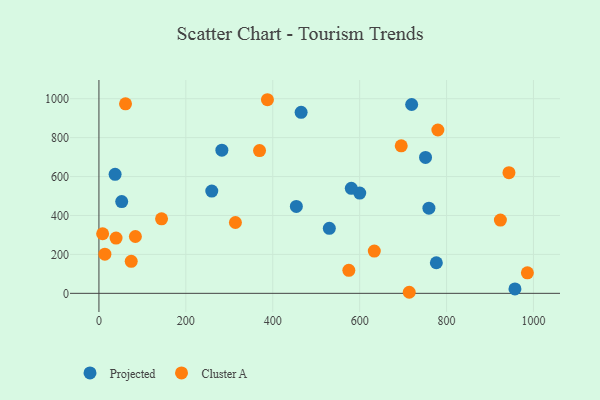
{"axis": {"x": "Study Hours", "y": "Profit"}, "legend": ["Cluster A", "Projected"], "data": [{"x": "259.7", "y": 525.1, "type": "Projected"}, {"x": "776.5", "y": 157.1, "type": "Projected"}, {"x": "52.4", "y": 471.4, "type": "Projected"}, {"x": "37.2", "y": 611.2, "type": "Projected"}, {"x": "751.6", "y": 698.0, "type": "Projected"}, {"x": "454.3", "y": 446.6, "type": "Projected"}, {"x": "600.2", "y": 515.3, "type": "Projected"}, {"x": "465.3", "y": 929.8, "type": "Projected"}, {"x": "719.7", "y": 970.2, "type": "Projected"}, {"x": "759.4", "y": 437.7, "type": "Projected"}, {"x": "530.2", "y": 333.9, "type": "Projected"}, {"x": "580.8", "y": 539.4, "type": "Projected"}, {"x": "282.9", "y": 735.7, "type": "Projected"}, {"x": "957.4", "y": 22.5, "type": "Projected"}, {"x": "369.6", "y": 733.6, "type": "Cluster A"}, {"x": "39.4", "y": 284.0, "type": "Cluster A"}, {"x": "314.1", "y": 363.8, "type": "Cluster A"}, {"x": "387.8", "y": 994.7, "type": "Cluster A"}, {"x": "13.7", "y": 201.2, "type": "Cluster A"}, {"x": "780.0", "y": 839.2, "type": "Cluster A"}, {"x": "575.1", "y": 118.2, "type": "Cluster A"}, {"x": "633.7", "y": 217.1, "type": "Cluster A"}, {"x": "714.1", "y": 5.4, "type": "Cluster A"}, {"x": "74.3", "y": 164.2, "type": "Cluster A"}, {"x": "695.7", "y": 758.0, "type": "Cluster A"}, {"x": "83.9", "y": 291.9, "type": "Cluster A"}, {"x": "144.1", "y": 382.9, "type": "Cluster A"}, {"x": "943.6", "y": 620.0, "type": "Cluster A"}, {"x": "986.0", "y": 105.2, "type": "Cluster A"}, {"x": "61.2", "y": 973.7, "type": "Cluster A"}, {"x": "923.9", "y": 376.2, "type": "Cluster A"}, {"x": "8.5", "y": 306.1, "type": "Cluster A"}]}